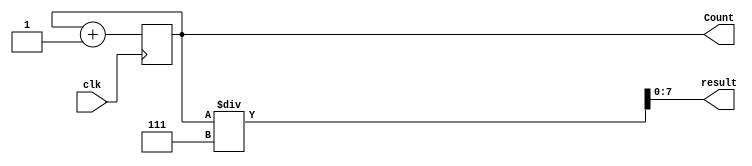
module divtest (
	input clk,
	output [7:0] result,
	output [8:0] Count
);

reg [8:0] count = 0;

always @(posedge clk) begin
	count <= count + 1;
end

assign result = count / 7;
assign Count = count;

endmodule